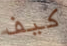
كيف